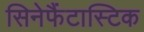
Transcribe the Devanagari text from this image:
सिनेफैंटास्टिक